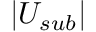
| U _ { s u b } |